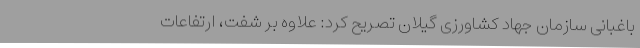
باغبانی سازمان جهاد کشاورزی گیلان تصریح کرد: علاوه بر شفت، ارتفاعات